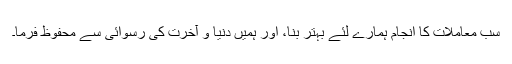
سب معاملات کا انجام ہمارے لئے بہتر بنا، اور ہمیں دنیا و آخرت کی رسوائی سے محفوظ فرما۔